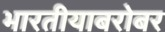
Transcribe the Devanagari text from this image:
भारतीयाबरोबर